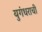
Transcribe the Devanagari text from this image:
युगंधराची